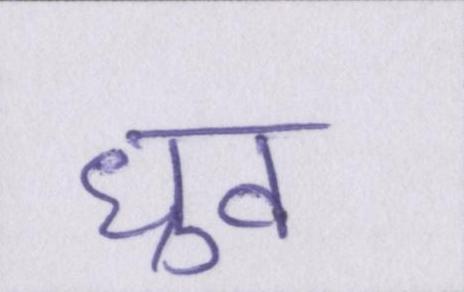
ध्रुव